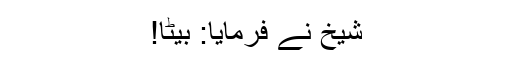
شیخ نے فرمایا: بیٹا!